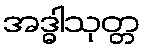
အဒ္ဓါသုတ္တ